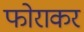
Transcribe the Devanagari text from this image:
फोराकर